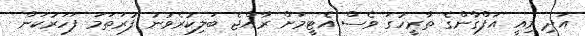
އަދި މިއީ އަފްގާންގެ ތާރީހުގަ ވެސް އެޓީމަށް ރާއްޖެ ބަލިކުރެވުނު ފުރަތަމަ ފަހަރުކަން